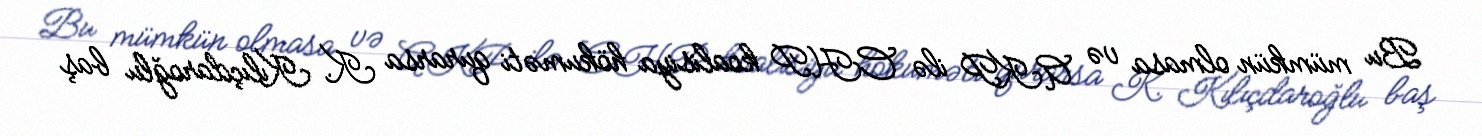
Bu mümkün olmasa və AKP ilə CHP koalisiya hökuməti qurarsa K. Kılıçdaroğlu baş